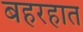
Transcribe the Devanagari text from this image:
बहरहात